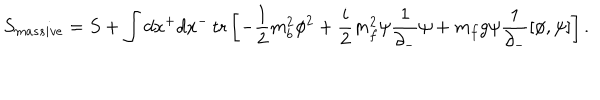
LaTeX: S _ { m a s s i v e } = S + \int d x ^ { + } d x ^ { - } \, \mathrm { t r } \left[ - \frac { 1 } { 2 } m _ { b } ^ { 2 } \phi ^ { 2 } + \frac { i } { 2 } m _ { f } ^ { 2 } \psi \frac { 1 } { \partial _ { - } } \psi + m _ { f } g \psi \frac { 1 } { \partial _ { - } } [ \phi , \psi ] \right] .